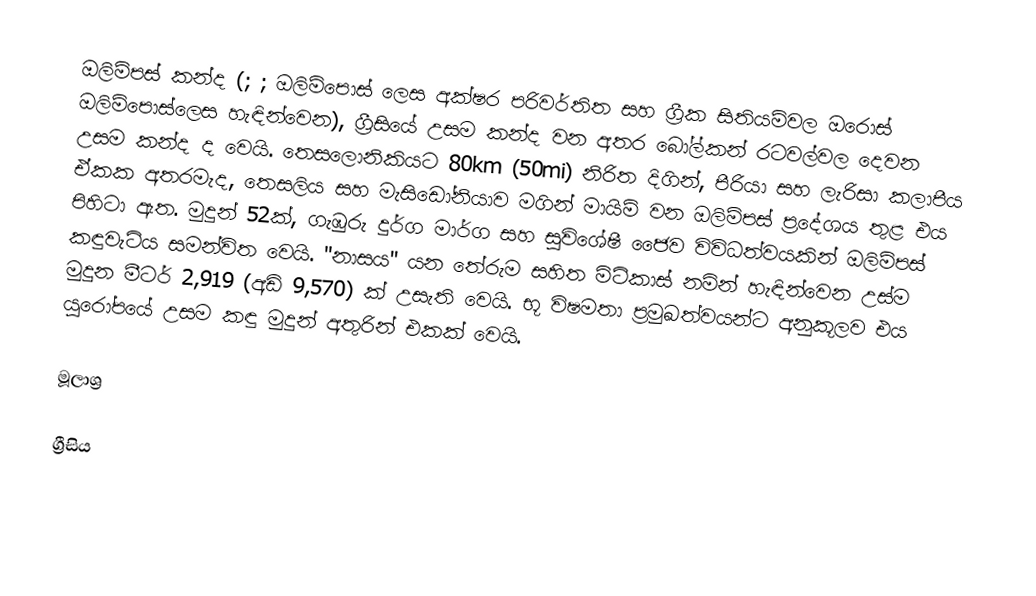
ඔලිම්පස් කන්ද (; ; ඔලිම්පොස් ලෙස අක්ෂර පරිවර්තිත සහ ග්‍රීක සිතියම්වල ඔරොස් ඔලිම්පොස්ලෙස හැඳින්වෙන), ග්‍රීසියේ උසම කන්ද වන අතර බෝල්කන් රටවල්වල දෙවන උසම කන්ද ද වෙයි. තෙසලොනිකියට 80km (50mi) නිරිත දිගින්, පීරියා සහ ලැරිසා කලාපීය ඒකක අතරමැද, තෙසලිය සහ මැසිඩෝනියාව මගින් මායිම් වන ඔලිම්පස් ප්‍රදේශය තුළ එය පිහිටා ඇත. මුදුන් 52ක්, ගැඹුරු දුර්ග මාර්ග සහ සුවිශේෂී ජෛව විවිධත්වයකින් ඔලිම්පස් කඳුවැටිය සමන්විත වෙයි. "නාසය" යන තේරුම සහිත මිටිකාස් නමින් හැඳින්වෙන උස්ම මුදුන මීටර් 2,919 (අඩි 9,570) ක් උසැති වෙයි. භූ විෂමතා ප්‍රමුඛත්වයන්ට අනුකූලව එය යුරෝපයේ උසම කඳු මුදුන් අතුරින් එකක් වෙයි.

මූලාශ්‍ර

ග්‍රීසිය